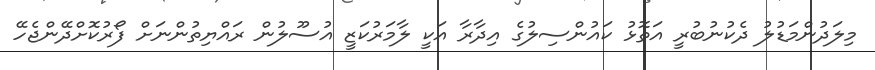
މިލަދުންމަޑުލު ދެކުނުބުރީ އަތޮޅު ކައުންސިލުގެ އިދާރާ އަކީ ލާމަރުކަޒީ އުސޫލުން ރައްޔިތުންނަށް ފޯރުކޮށްދޭންޖެހޭ